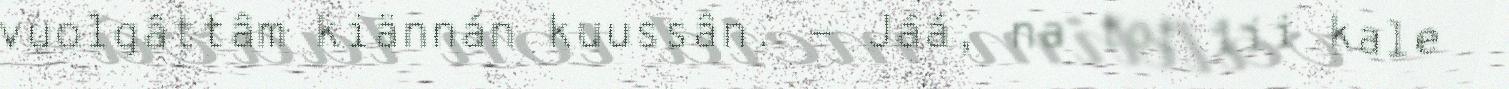
vuolgâttâm kiännán kuussân. - Jáá, na tot lii kale